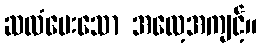
ဆလံပေးသော အလေ့အကျင့်။